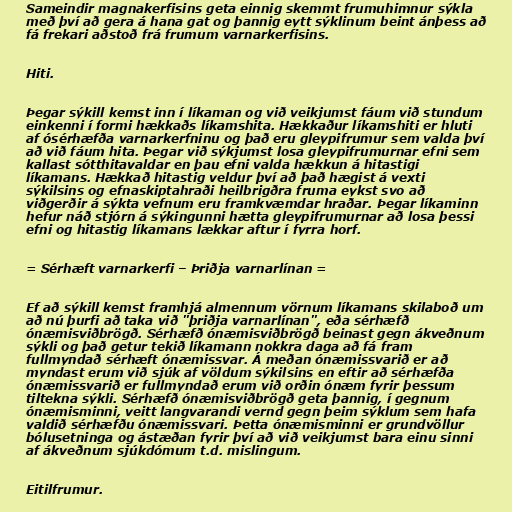
Sameindir magnakerfisins geta einnig skemmt frumuhimnur sýkla
með því að gera á hana gat og þannig eytt sýklinum beint ánþess að
fá frekari aðstoð frá frumum varnarkerfisins.

Hiti.

Þegar sýkill kemst inn í líkaman og við veikjumst fáum við stundum
einkenni í formi hækkaðs líkamshita. Hækkaður líkamshiti er hluti
af ósérhæfða varnarkerfninu og það eru gleypifrumur sem valda því
að við fáum hita. Þegar við sýkjumst losa gleypifrumurnar efni sem
kallast sótthitavaldar en þau efni valda hækkun á hitastigi
líkamans. Hækkað hitastig veldur því að það hægist á vexti
sýkilsins og efnaskiptahraði heilbrigðra fruma eykst svo að
viðgerðir á sýkta vefnum eru framkvæmdar hraðar. Þegar líkaminn
hefur náð stjórn á sýkingunni hætta gleypifrumurnar að losa þessi
efni og hitastig líkamans lækkar aftur í fyrra horf.

= Sérhæft varnarkerfi – Þriðja varnarlínan =

Ef að sýkill kemst framhjá almennum vörnum líkamans skilaboð um
að nú þurfi að taka við "þriðja varnarlínan", eða sérhæfð
ónæmisviðbrögð. Sérhæfð ónæmisviðbrögð beinast gegn ákveðnum
sýkli og það getur tekið líkamann nokkra daga að fá fram
fullmyndað sérhæft ónæmissvar. Á meðan ónæmissvarið er að
myndast erum við sjúk af völdum sýkilsins en eftir að sérhæfða
ónæmissvarið er fullmyndað erum við orðin ónæm fyrir þessum
tiltekna sýkli. Sérhæfð ónæmisviðbrögð geta þannig, í gegnum
ónæmisminni, veitt langvarandi vernd gegn þeim sýklum sem hafa
valdið sérhæfðu ónæmissvari. Þetta ónæmisminni er grundvöllur
bólusetninga og ástæðan fyrir því að við veikjumst bara einu sinni
af ákveðnum sjúkdómum t.d. mislingum.

Eitilfrumur.